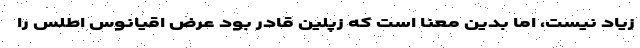
زیاد نیست، اما بدین معنا است که زپلین قادر بود عرض اقیانوس اطلس را